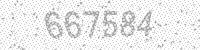
Solution: 667584